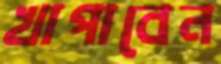
খাপাবেন